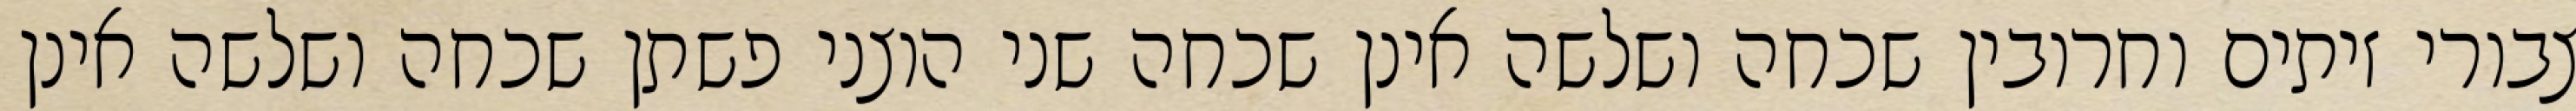
צבורי זיתים וחרובין שכחה ושלשה אינן שכחה שני הוצני פשתן שכחה ושלשה אינן